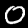
Digit: 0